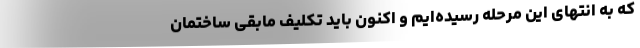
که به انتهای این مرحله رسیده‌ایم و اکنون باید تکلیف مابقی ساختمان